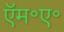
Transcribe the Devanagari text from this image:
ऍम॰ए॰